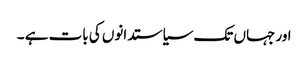
اور جہاں تک سیاستدانوں کی بات ہے ۔